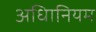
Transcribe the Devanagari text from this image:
अधिानियम